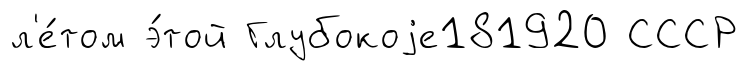
л'е́том э́той Глубокоjе181920 СССР